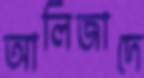
আলিজাদে